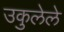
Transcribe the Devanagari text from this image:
उकुलेले